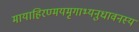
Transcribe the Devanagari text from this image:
मायाहिरण्मयमृगाभ्यनुधावनस्य